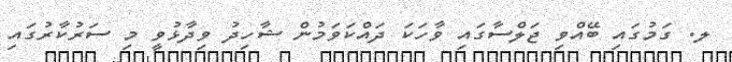
ލ. ގަމުގައި ބޭއްވި ޖަލްސާގައި ވާހަކަ ދައްކަވަމުން ޝާހިދު ވިދާޅުވީ މި ސަރުކާރުގައި